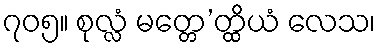
၇၀၅။ စုလ္လံ မတ္တေ’တ္ထိယံ လေသ၊